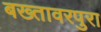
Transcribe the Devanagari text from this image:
बख्तावरपुरा